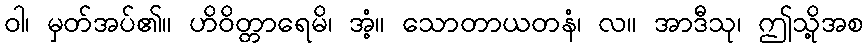
ဝါ၊ မှတ်အပ်၏။ ဟိဝိတ္တာရေမိ၊ အံ့။ သောတာယတနံ၊ လ။ အာဒီသု၊ ဤသို့အစ